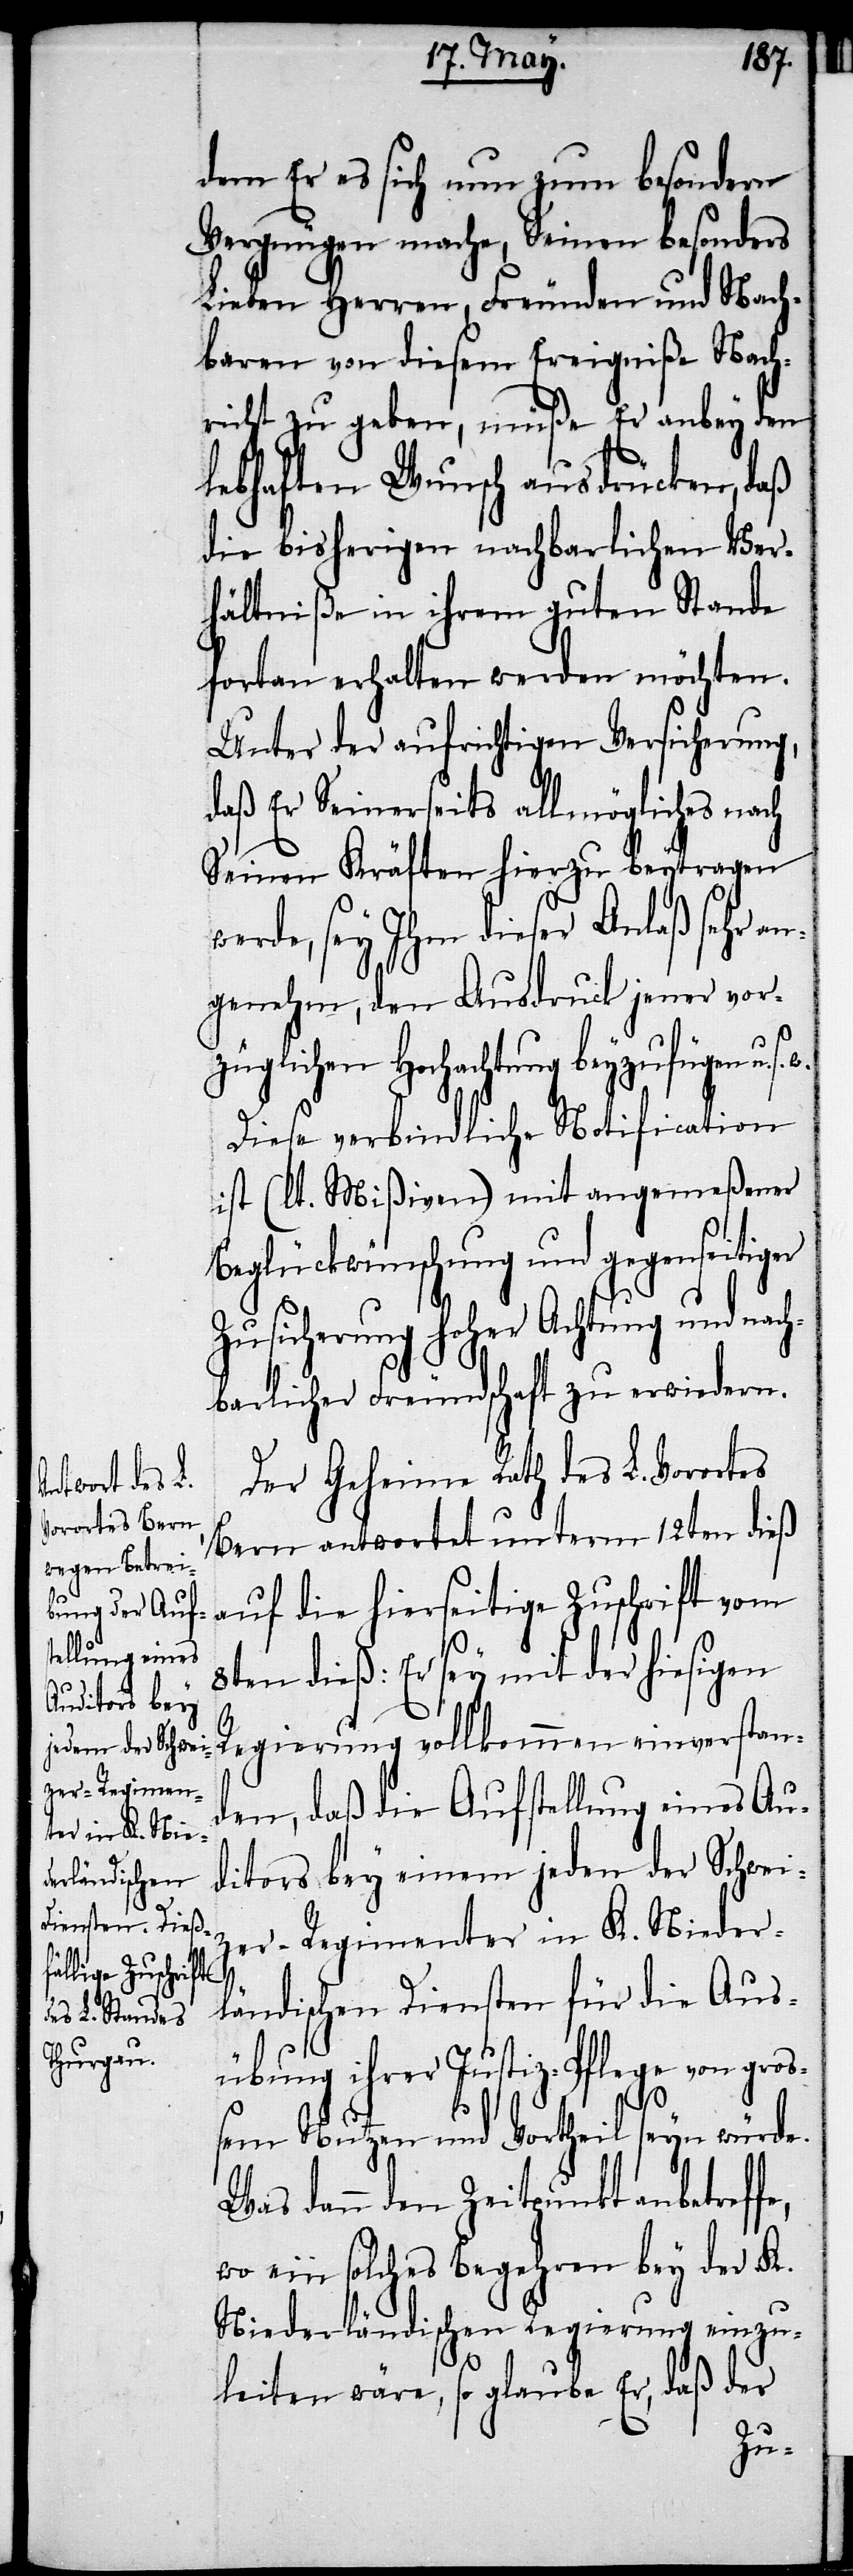
e,

dem Er es sich nun zum besondern
Vergnügen mache, Seinen besonders
Lieben Herren, Freunden und Nach¬
baren von diesem Ereigniße Nach¬
richt zu geben, müße Er anbey den
lebhaften Wunsch ausdrücken, daß
die bisherigen nachbarlichen Ver¬
hältniße in ihrem guten Stande
fortan erhalten werden möchten.
Unter der aufrichtigen Versicherung,
daß Er Seinerseits allmögliches nah
Seinen Kräften hierzu beytragen
werde, sey Ihm dieser Anlaß sehr an¬
genehm, den Ausdruck jener vor¬
züglichen Hochachtung beyzufügen u. s.
Diese verbindliche Notification
ist (lt. Mißiven) mit angemeßener
Beglückwünschung und gegenseitiger
Zusicherung hoher Achtung und nach¬
barlicher Freundschaft zu erwiedern.
Der Geheime Rath des L. Vorortes
Bern antwortet unterm 12ten dieß
auf die hierseitige Zuschrift vom
8ten dieß: Er sey mit der hiesigen
Regierung vollkommen einverstan¬
den, daß die Aufstellung eines Au¬
ditors bey einem jeden der Schwei¬
zer-Regimenter in K. Nieder¬
ländischen Diensten für die Aus¬
übung ihrer Justiz-Pflege von gro¬
ßem Nutzen und Vortheil seyn würde.
Was dann den Zeitpunkt anbetreff¬
wo ein solches Begehren bey der K.
Niederländischen Regierung einzu¬
leiten wäre, so glaube Er, daß der